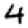
Digit: 4